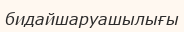
бидайшаруашылығы